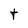
Character: t